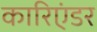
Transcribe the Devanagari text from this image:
कारिएंडर